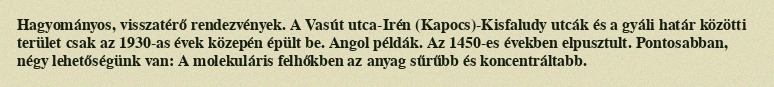
Hagyományos, visszatérő rendezvények. A Vasút utca-Irén (Kapocs)-Kisfaludy utcák és a gyáli határ közötti terület csak az 1930-as évek közepén épült be. Angol példák. Az 1450-es években elpusztult. Pontosabban, négy lehetőségünk van: A molekuláris felhőkben az anyag sűrűbb és koncentráltabb.